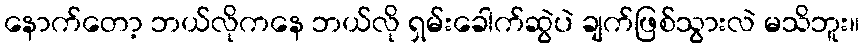
နောက်တော့ ဘယ်လိုကနေ ဘယ်လို ရှမ်းခေါက်ဆွဲပဲ ချက်ဖြစ်သွားလဲ မသိဘူး။